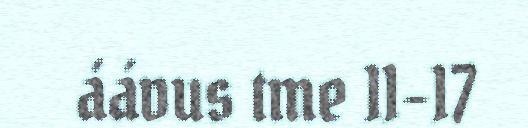
áávus tme 11–17